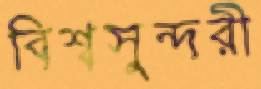
বিশ্বসুন্দরী